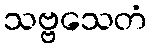
သဗ္ဗသေတံ